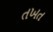
તખત